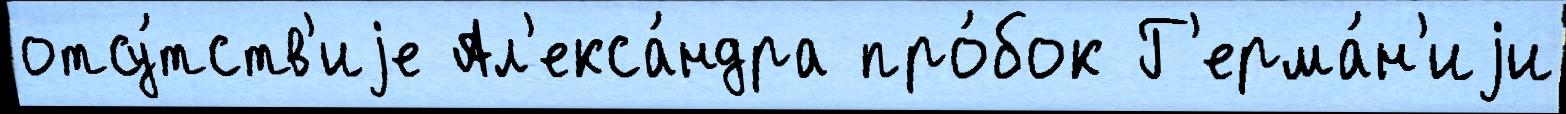
отсу́тств'иjе Ал'екса́ндра про́бок Г'ерма́н'иjи